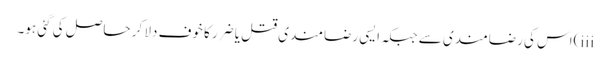
iii)اس کی رضامندی سے جبکہ ایسی رضامندی قتل یا ضرر کا خوف دلا کر حاصل کی گئی ہو۔